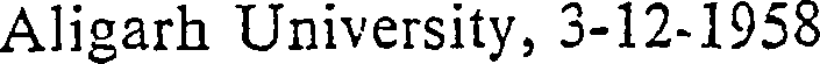
Aligarh University, 3-12-1958